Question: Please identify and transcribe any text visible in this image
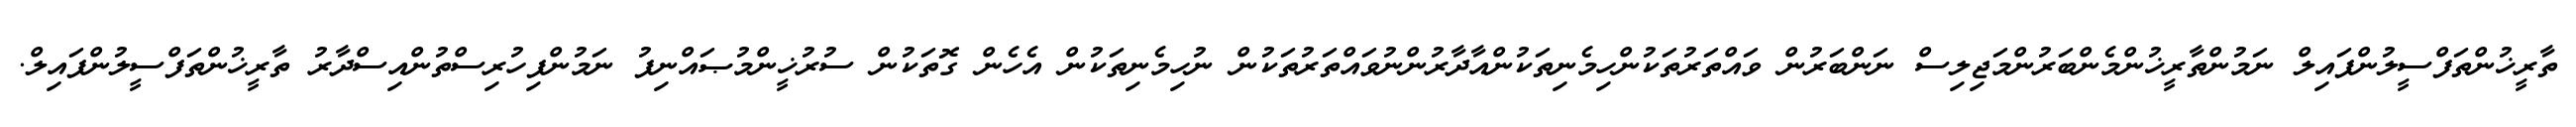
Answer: ތާރީޚުންތަފްސީލުންފައިލް ނަމުންތާރީޚުންމެންބަރުންމަޖިލިސް ނަންބަރުން ވައްތަރުތަކުންހިމެނިތަކުންއާދާރުންނުވައްތަރުތަކުން ނުހިމެނިތަކުން އެހެން ގޮތަކުން ސުރުޚީންމުޞައްނިފު ނަމުންފިހުރިސްތުންއިސްދާރު ތާރީޚުންތަފްސީލުންފައިލް.